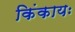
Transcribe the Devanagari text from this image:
किंकायः